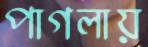
পাগলায়